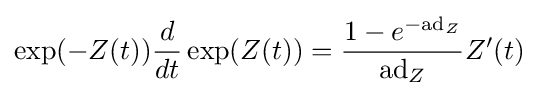
\exp(-Z(t)){\frac {d}{dt}}\exp(Z(t))={\frac {1-e^{-\mathrm {ad} _{Z}}}{\mathrm {ad} _{Z}}}Z'(t)